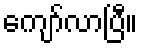
ကျော်လာပြီ။